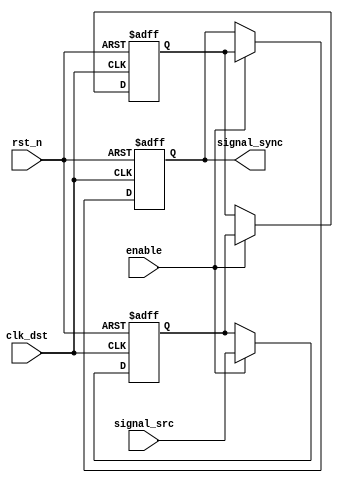
module signal_level_crossing_synchronizer #(
    parameter WIDTH = 1  // Width of the input signal
)(
    input  wire           clk_dst,       // Destination clock
    input  wire           rst_n,         // Asynchronous active-low reset
    input  wire           enable,        // Enable signal for synchronizer
    input  wire [WIDTH-1:0] signal_src,  // Input signal from source clock domain
    output reg  [WIDTH-1:0] signal_sync   // Synchronized output signal
);

    // Internal signals for the two-stage synchronizer
    reg [WIDTH-1:0] sync_stage1;
    reg [WIDTH-1:0] sync_stage2;

    // Synchronizer process
    always @(posedge clk_dst or negedge rst_n) begin
        if (!rst_n) begin
            // Asynchronous reset
            sync_stage1 <= {WIDTH{1'b0}};
            sync_stage2 <= {WIDTH{1'b0}};
            signal_sync <= {WIDTH{1'b0}};
        end else if (enable) begin
            // First stage of synchronization
            sync_stage1 <= signal_src;

            // Second stage of synchronization
            sync_stage2 <= sync_stage1;

            // Output synchronized signal
            signal_sync <= sync_stage2;
        end
    end

endmodule